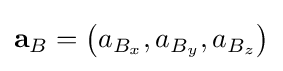
\mathbf {a} _{B}=\left(a_{B_{x}},a_{B_{y}},a_{B_{z}}\right)